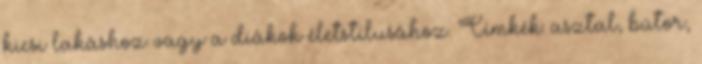
kicsi lakáshoz vagy a diákok életstílusához. Címkék: asztal, bútor,